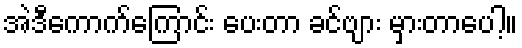
အဲဒီကောက်ကြောင်း ပေးတာ ခင်ဗျား မှားတာပေါ့။